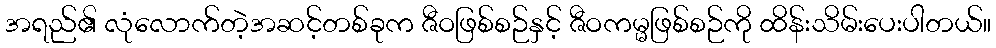
အရည်၏ လုံလောက်တဲ့အဆင့်တစ်ခုက ဇီဝဖြစ်စဉ်နှင့် ဇီဝကမ္မဖြစ်စဉ်ကို ထိန်းသိမ်းပေးပါတယ်။